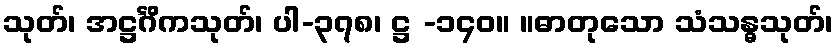
သုတ်၊ အဋ္ဌင်္ဂိကသုတ်၊ ပါ-၃၇၈၊ ဋ္ဌ -၁၄၀။ ။ဓာတုသော သံသန္ဓသုတ်၊